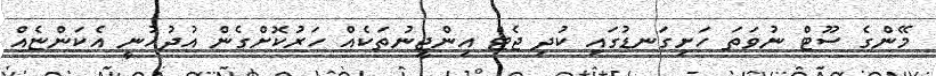
މޭންގެ ސޫޓް ނުވަތަ ހަށިގަނޑުގައި ކުދި ޖެޓް އިންޖީނުތަކެއް ހަރުކޮށްގެން އުދުހުނީ އެކަންޏެއް